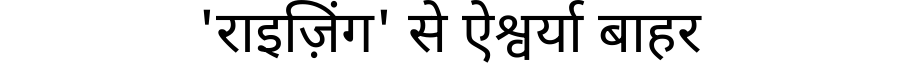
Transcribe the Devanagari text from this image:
'राइज़िंग' से ऐश्वर्या बाहर